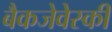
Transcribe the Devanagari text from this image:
बैकजेवेस्की